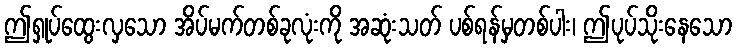
ဤရှုပ်ထွေးလှသော အိပ်မက်တစ်ခုလုံးကို အဆုံးသတ် ပစ်ရန်မှတစ်ပါး၊ ဤပုပ်သိုးနေသော